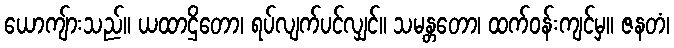
ယောကျ်ားသည်။ ယထာဌိတော၊ ရပ်လျက်ပင်လျှင်။ သမန္တတော၊ ထက်ဝန်းကျင်မှ။ ဇနတံ၊